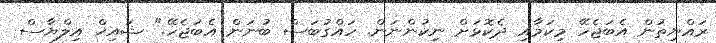
ރައްޔިތުން އެބަޖެހޭ މިކަމާއި ދެކޮޅަށް ނިކުންނަން. ހައްގުބަސް ބުނަން އެބަޖެހޭ." ޝައިޚް އިލްޔާސް